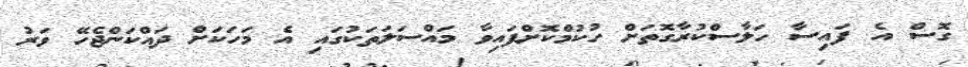
ގޮސް އެ ފައިސާ ހަލާސްކުރާގޮތަށް ހުކުމްކޮށްފައިވާ މައްސަލަތަކުގައި އެ މަހަކަށް ދައްކަންޖެހޭ ވަރު